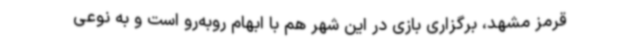
قرمز مشهد، برگزاری بازی در این شهر هم با ابهام روبه‌رو است و به نوعی